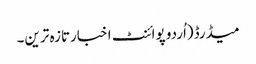
میڈرڈ(اُردو پوائنٹ اخبارتازہ ترین۔